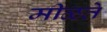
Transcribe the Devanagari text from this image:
मीळते